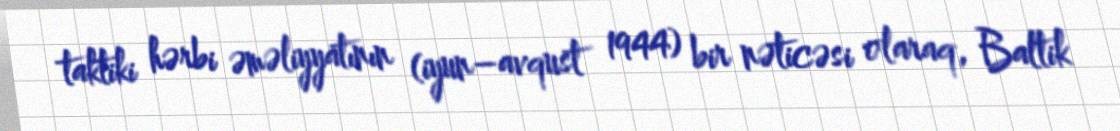
taktiki hərbi əməliyyatının (iyun–avqust 1944) bir nəticəsi olaraq, Baltik